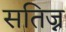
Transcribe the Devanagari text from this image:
सतिज्न